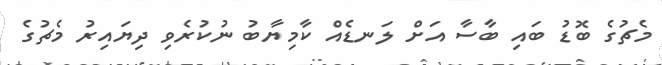
މެޗުގެ ބޮޑު ބައި ބާސާ އަށް ލަނޑެއް ކާމިޔާބު ނުކުރެވި ދިޔައިރު މެޗުގެ